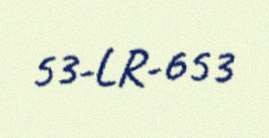
53-LR-653